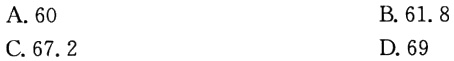
A. 60
B. 61.8
C. 67.2
D. 69